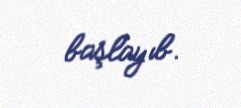
başlayıb.